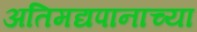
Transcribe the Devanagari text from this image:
अतिमद्यपानाच्या